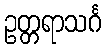
ဥတ္တရာသင်္ဂ